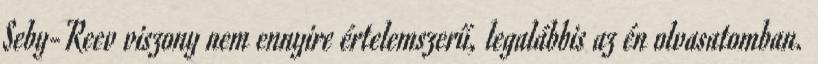
Seby-Reev viszony nem ennyire értelemszerű, legalábbis az én olvasatomban.